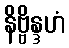
နိဗ္ဗိန္ဒဟံ